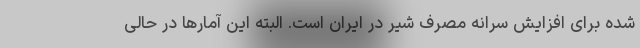
شده برای افزایش سرانه مصرف شیر در ایران است. البته این آمارها در حالی